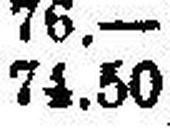
74.50